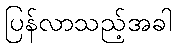
ပြန်လာသည့်အခါ